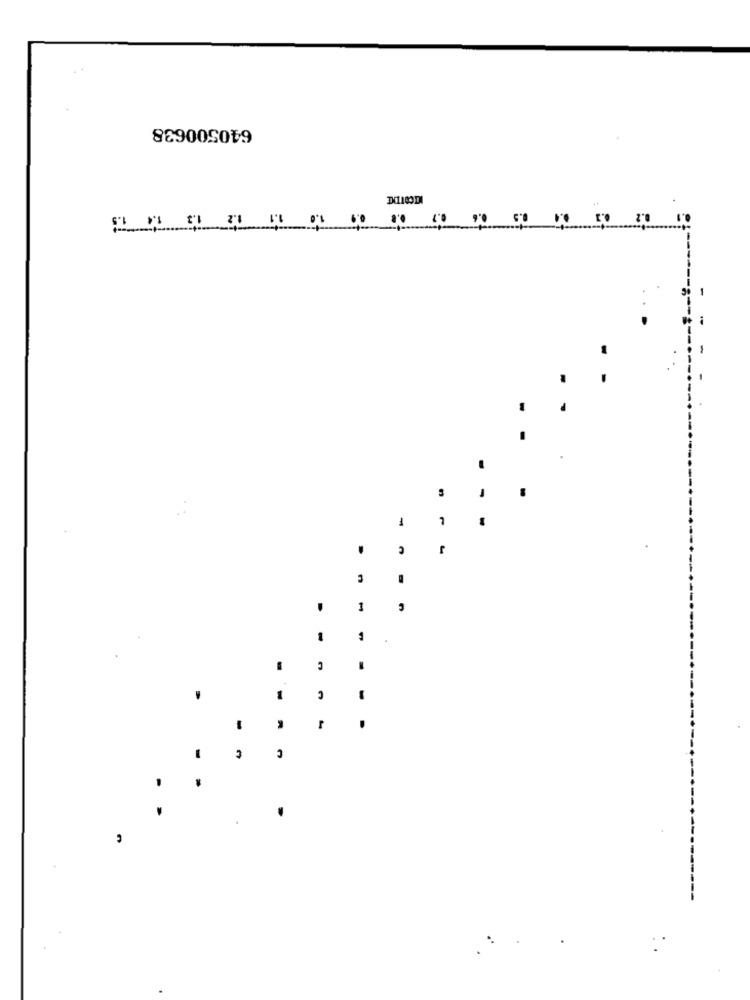
640500638
0.2
20 00 90 GO
-
1
.
1
- -
C
-
r
.
€